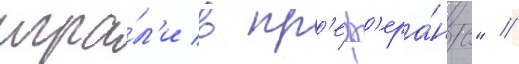
игра́л'и в пр'еф'ера́нс" //